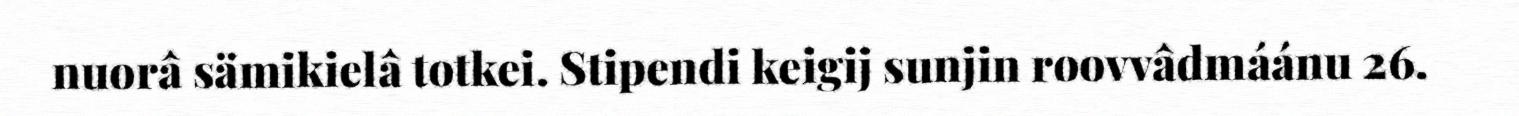
nuorâ sämikielâ totkei. Stipendi keigij sunjin roovvâdmáánu 26.